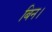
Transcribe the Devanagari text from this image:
बिन।